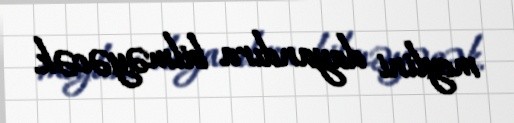
meylini dayandıra bilməyəcək.